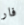
فار